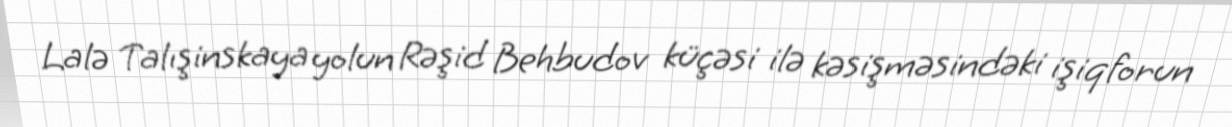
Lalə Talışinskaya yolun Rəşid Behbudov küçəsi ilə kəsişməsindəki işiqforun